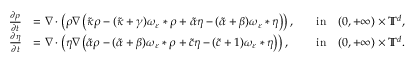
\begin{array} { r l r l } { \frac { \partial \rho } { \partial t } } & { = \nabla \cdot \left( \rho \nabla \left( \tilde { \kappa } \rho - ( \tilde { \kappa } + \gamma ) \omega _ { \varepsilon } \ast \rho + \tilde { \alpha } \eta - ( \tilde { \alpha } + \beta ) \omega _ { \varepsilon } \ast \eta \right) \right) , } & & { \mathrm { i n } \quad ( 0 , + \infty ) \times \mathbb { T } ^ { d } , } \\ { \frac { \partial \eta } { \partial t } } & { = \nabla \cdot \left( \eta \nabla \left( \tilde { \alpha } \rho - ( \tilde { \alpha } + \beta ) \omega _ { \varepsilon } \ast \rho + \tilde { c } \eta - ( \tilde { c } + 1 ) \omega _ { \varepsilon } \ast \eta \right) \right) , } & & { \mathrm { i n } \quad ( 0 , + \infty ) \times \mathbb { T } ^ { d } . } \end{array}